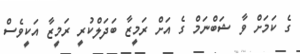
ގެ ކަމަށް ވާ ޝަބްނަމް ގެ އަށް ރަމީޒާ ބަދަލްކުރީ ރަމީޒާ އަކީވެސް